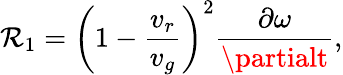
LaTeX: \mathcal{R}_{1}=\left(1-\frac{{v_{r}}}{{v_{g}}}\right)^{2}\frac{{\partial\omega}}{{\partialt}},